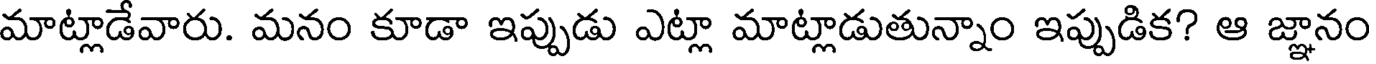
మాట్లాడేవారు. మనం కూడా ఇప్పుడు ఎట్లా మాట్లాడుతున్నాం ఇప్పుడిక? ఆ జ్ఞానం